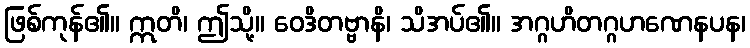
ဖြစ်ကုန်၏။ ဣတိ၊ ဤသို့။ ဝေဒိတဗ္ဗာနိ၊ သိအပ်၏။ အဂ္ဂဟိတဂ္ဂဟဏေနပန၊